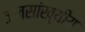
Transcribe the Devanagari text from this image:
जनसांख्यीय